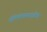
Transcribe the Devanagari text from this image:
पोलियोमायालाइटिस